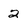
Character: 2